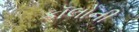
કૉલોની